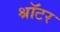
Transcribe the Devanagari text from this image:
श्रॉटर